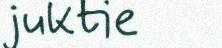
juktie